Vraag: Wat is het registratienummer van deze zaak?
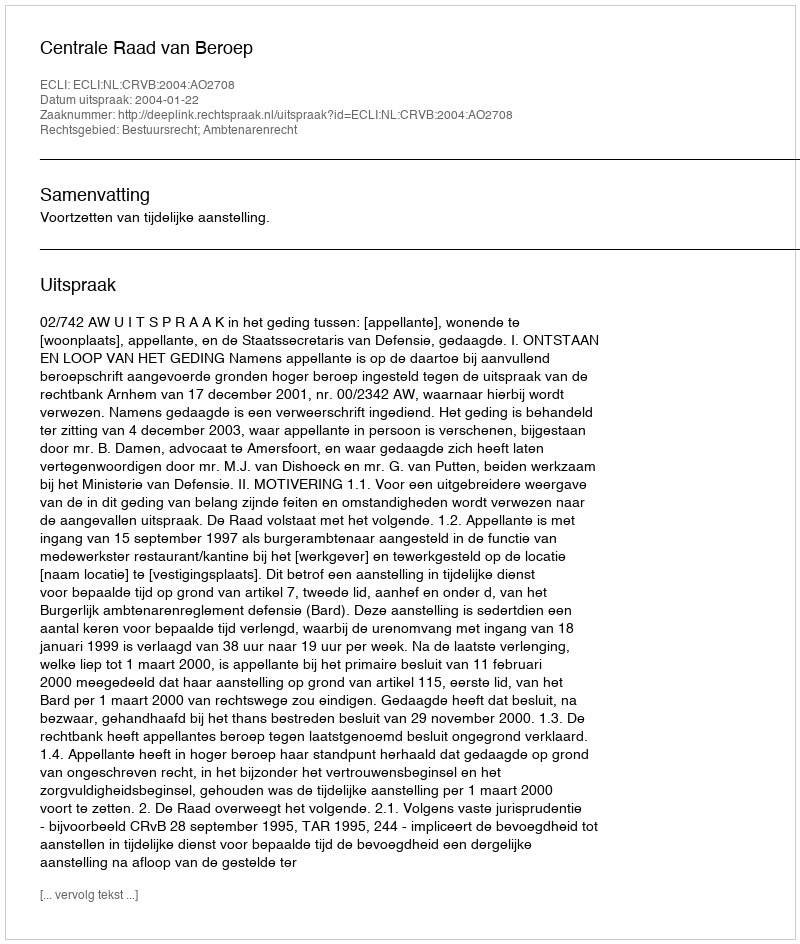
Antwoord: http://deeplink.rechtspraak.nl/uitspraak?id=ECLI:NL:CRVB:2004:AO2708